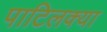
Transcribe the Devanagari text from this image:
पाटिलक्या